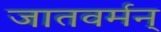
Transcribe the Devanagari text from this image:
जातवर्मन्‌